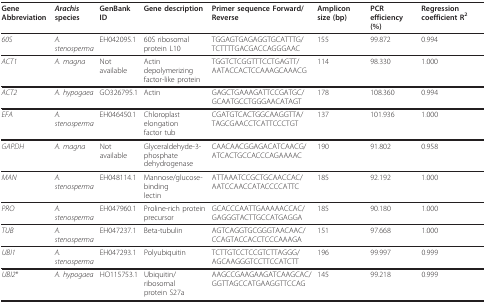
<table><thead><tr><td><b>Gene Abbreviation</b></td><td><b><i>Arachis</i>species</b></td><td><b>GenBank ID</b></td><td><b>Gene description</b></td><td><b>Primer sequence Forward/Reverse</b></td><td><b>Amplicon size (bp)</b></td><td><b>PCR efficiency (%)</b></td><td><b>Regression coefficient R<sup>2</sup></b></td></tr></thead><tbody><tr><td><i>60S</i></td><td><i>A. stenosperma</i></td><td>EH042095.1</td><td>60S ribosomalprotein L10</td><td>TGGAGTGAGAGGTGCATTTG/TCTTTTGACGACCAGGGAAC</td><td>155</td><td>99.872</td><td>0.994</td></tr><tr><td><i>ACT1</i></td><td><i>A. magna</i></td><td>Not available</td><td>Actin depolymerizingfactor-like protein</td><td>TGGTCTCGGTTTCCTGAGTT/AATACCACTCCAAAGCAAACG</td><td>114</td><td>98.330</td><td>1.000</td></tr><tr><td><i>ACT2</i></td><td><i>A. hypogaea</i></td><td>GO326795.1</td><td>Actin</td><td>GAGCTGAAAGATTCCGATGC/GCAATGCCTGGGAACATAGT</td><td>178</td><td>108.360</td><td>0.994</td></tr><tr><td><i>EFA</i></td><td><i>A. stenosperma</i></td><td>EH046450.1</td><td>Chloroplast elongationfactor tub</td><td>CGATGTCACTGGCAAGGTTA/TAGCGAACCTCATTCCCTGT</td><td>137</td><td>101.936</td><td>1.000</td></tr><tr><td><i>GAPDH</i></td><td><i>A. magna</i></td><td>Not available</td><td>Glyceraldehyde-3-phosphate dehydrogenase</td><td>CAACAACGGAGACATCAACG/ATCACTGCCACCCAGAAAAC</td><td>190</td><td>91.802</td><td>0.958</td></tr><tr><td><i>MAN</i></td><td><i>A. stenosperma</i></td><td>EH048114.1</td><td>Mannose/glucose-bindinglectin</td><td>ATTAAATCCGCTGCAACCAC/AATCCAACCATACCCCATTC</td><td>185</td><td>92.192</td><td>1.000</td></tr><tr><td><i>PRO</i></td><td><i>A. stenosperma</i></td><td>EH047960.1</td><td>Proline-rich proteinprecursor</td><td>GCACCCAATTGAAAAACCAC/GAGGGTACTTGCCATGAGGA</td><td>185</td><td>90.180</td><td>1.000</td></tr><tr><td><i>TUB</i></td><td><i>A. stenosperma</i></td><td>EH047237.1</td><td>Beta-tubulin</td><td>AGTCAGGTGCGGGTAACAAC/CCAGTACCACCTCCCAAAGA</td><td>151</td><td>97.668</td><td>1.000</td></tr><tr><td><i>UBI1</i></td><td><i>A. stenosperma</i></td><td>EH047293.1</td><td>Polyubiquitin</td><td>TCTTGTCCTCCGTCTTAGGG/AGCAAGGGTCCTTCCATCTT</td><td>196</td><td>99.997</td><td>0.999</td></tr><tr><td><i>UBI2</i>*</td><td><i>A. hypogaea</i></td><td>HO115753.1</td><td>Ubiquitin/ribosomalprotein S27a</td><td>AAGCCGAAGAAGATCAAGCAC/GGTTAGCCATGAAGGTTCCAG</td><td>145</td><td>99.218</td><td>0.999</td></tr></tbody></table>